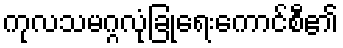
ကုလသမဂ္ဂလုံခြုံရေးကောင်စီ၏